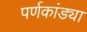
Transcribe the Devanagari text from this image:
पर्णकांड्या